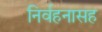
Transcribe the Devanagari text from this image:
निर्वहनासह